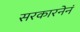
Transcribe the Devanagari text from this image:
सरकारनेनं